Preparation of a safe and efficient antirabic vaccine - Number 44
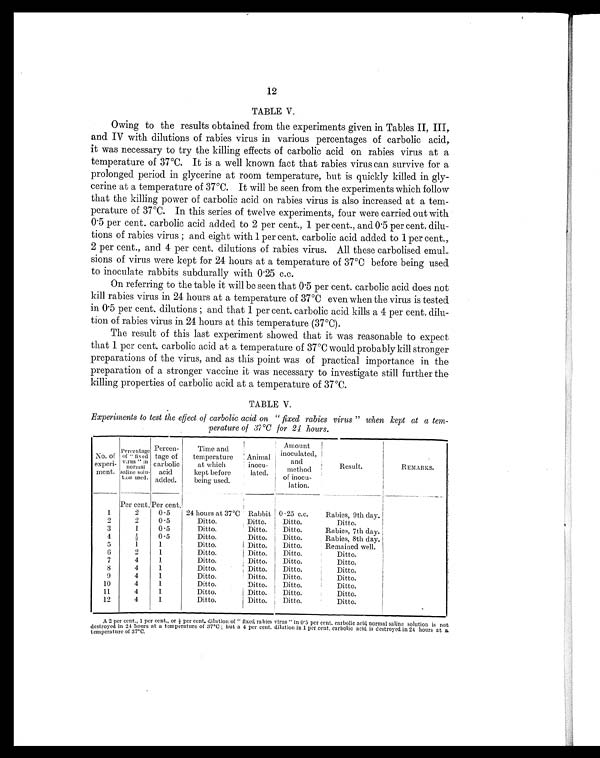
12
TABLE V.
Owing to the results obtained from the experiments given in Tables II, III,
and IV with dilutions of rabies virus in various percentages of carbolic acid,
it was necessary to try the killing effects of carbolic acid on rabies virus at a
temperature of 37ºC. It is a well known fact that rabies virus can survive for a
prolonged period in glycerine at room temperature, but is quickly killed in gly-
cerine at a temperature of 37ºC. It will be seen from the experiments which follow
that the killing power of carbolic acid on rabies virus is also increased at a tem-
perature of 37ºC. In this series of twelve experiments, four were carried out with
0.5 per cent. carbolic acid added to 2 per cent., 1 per cent., and 0.5 per cent. dilu-
tions of rabies virus ; and eight with 1 per cent. carbolic acid added to 1 per cent.,
2 per cent., and 4 per cent. dilutions of rabies virus. All these carbolised emul-
sions of virus were kept for 24 hours at a temperature of 37ºC before being used
to inoculate rabbits subdurally with 0.25 c.c.
On referring to the table it will be seen that 0.5 per cent. carbolic acid does not
kill rabies virus in 24 hours at a temperature of 37ºC even when the virus is tested
in 0.5 per cent. dilutions ; and that 1 per cent. carbolic acid kills a 4 per cent. dilu-
tion of rabies virus in 24 hours at this temperature (37ºC).
The result of this last experiment showed that it was reasonable to expect
that 1 per cent. carbolic acid at a temperature of 37ºC would probably kill stronger
preparations of the virus, and as this point was of practical importance in the
preparation of a stronger vaccine it was necessary to investigate still further the
killing properties of carbolic acid at a temperature of 37ºC.
TABLE V.
Experiments to test the effect of carbolic acid on "fixed rabies virus" when kept at a tem-
perature of 37ºC for 24 hours.
No. of
experi-
ment.
Percentage
of "fixed
virus" in normal
saline solu-
tion used.
Percen-
tage of
carbolic
acid
added.
Time and
temperature
at which
kept before
being used.
Animal
inocu-
lated.
Amount
inoculated,
and
method
of inocu-
lation.
Result.
REMARKS.
Per cent. Per cent.
1
2
0.5
24 hours at 37°C Rabbit 0.25 c.c.
Rabies, 9th day.
2
2
0.5
Ditto.
Ditto.
Ditto.
Ditto.
3
1
0.5
Ditto.
Ditto.
Ditto.
Rabies, 7th day.
4
½
0.5
Ditto.
Ditto.
Ditto.
Rabies, 8th day.
5
1
1
Ditto.
Ditto.
Ditto.
Remained well.
6
2
1
Ditto.
Ditto.
Ditto.
Ditto.
7
4
1
Ditto.
Ditto.
Ditto.
Ditto.
8
4
1
Ditto.
Ditto.
Ditto.
Ditto.
9
4
1
Ditto.
Ditto.
Ditto.
Ditto.
10
4
1
Ditto.
Ditto.
Ditto.
Ditto.
11
4
1
Ditto.
Ditto.
Ditto.
Ditto.
12
4
1
Ditto.
Ditto.
Ditto.
Ditto.
A 2 p e r c e n t . , 1 p e r c e n t . , o r ½ p e r c e n t . d i l u t i o n o f " f i x e d r a b i e s v i r u s " i n 0 . 5 p e r c e n t . c a r b o l i c a c i d n o r ma l s a l i n e s o l u t i o n i s n o t
destroyed in 24 hours at a temperature of 37°C ; but a 4 per cent. dilution in 1 per cent. carbolic acid is destroyed in 24 hours at a
temperature of 37°C.